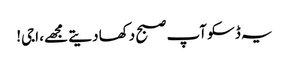
یہ ڈسکو آپ صبح دکھا دیتے مجھے، اجی!